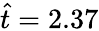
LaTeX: \hat{t}=2.37